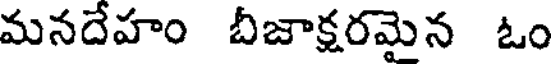
మనదేహం బీజాక్షరమెన ఓం